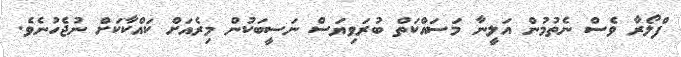
ފްލޯރާ ވެސް ނެތުމުން އަލީނާ މަސައްކަތް ބުރަވިޔަސް ނަސީބަކުން މިރެއަށް ކައްކާކަށް ނުޖެހުނެވެ.